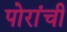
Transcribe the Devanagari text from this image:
पोरांची